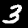
Digit: 3